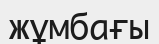
жұмбағы